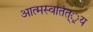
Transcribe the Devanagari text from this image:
आत्मस्वातंत््रय